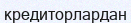
кредиторлардан